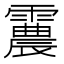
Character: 𩅽